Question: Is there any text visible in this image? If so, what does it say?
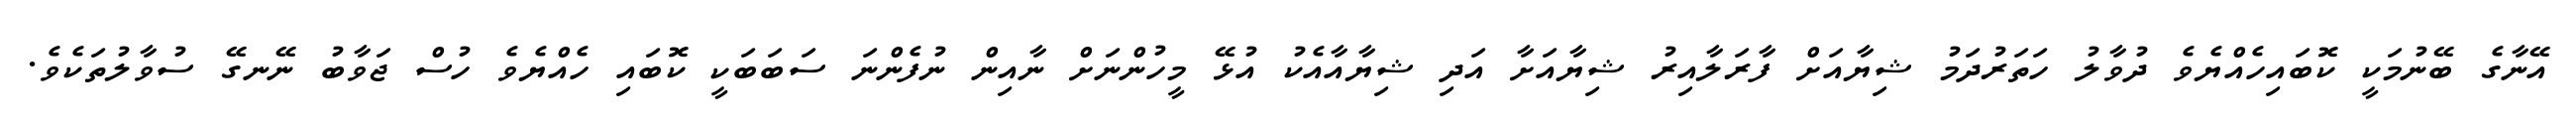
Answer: އޭނާގެ ބޭނުމަކީ ކޮބައިހެއްޔެވެ ދުވާލު ހަތަރުދަމު ޝިޔާއަށް ފާރަލާއިރު ޝިޔާއަށާ އަދި ޝިޔާއާއެކު އުޅޭ މީހުންނަށް ނާއިން ނުފެންނަ ސަބަބަކީ ކޮބައި ހެއްޔެވެ ހުސް ޖަވާބު ނޭނގޭ ސުވާލުތަކެވެ.